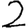
Digit: 2